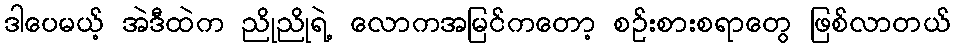
ဒါပေမယ့် အဲဒီထဲက ညိုညိုရဲ့ လောကအမြင်ကတော့ စဉ်းစားစရာတွေ ဖြစ်လာတယ်